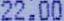
22.00